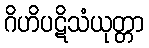
ဂိဟိပဋိသံယုတ္တာ